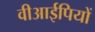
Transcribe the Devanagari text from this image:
वीआईपियों